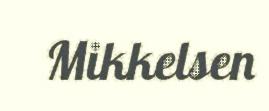
Mikkelsen